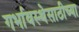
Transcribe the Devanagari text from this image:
गर्भावस्थेसाठीच्या